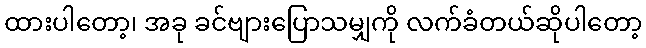
ထားပါတော့၊ အခု ခင်ဗျားပြောသမျှကို လက်ခံတယ်ဆိုပါတော့